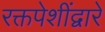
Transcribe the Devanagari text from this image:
रक्तपेशींद्वारे